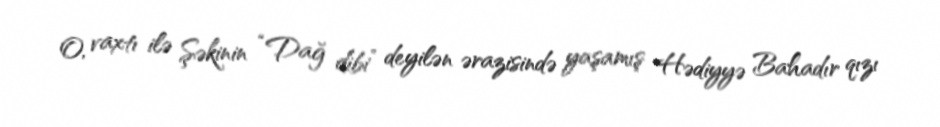
O, vaxtı ilə Şəkinin “Dağ dibi” deyilən ərazisində yaşamış Hədiyyə Bahadır qızı